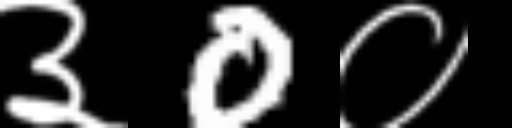
Text: ३0०